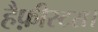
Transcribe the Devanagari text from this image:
हैफ़ीस्टस।